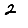
Digit: 2